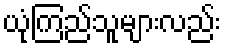
ယုံကြည်သူများလည်း